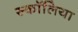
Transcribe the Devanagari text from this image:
स्कॉलिया